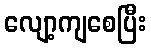
လျော့ကျစေပြီး